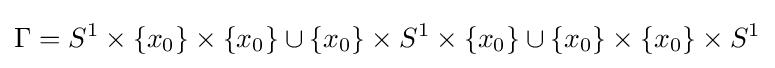
\Gamma =S^{1}\times \{x_{0}\}\times \{x_{0}\}\cup \{x_{0}\}\times S^{1}\times \{x_{0}\}\cup \{x_{0}\}\times \{x_{0}\}\times S^{1}